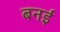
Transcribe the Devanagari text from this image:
बनई